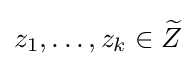
z_{1},\ldots ,z_{k}\in {\widetilde {Z}}